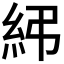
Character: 𥾯